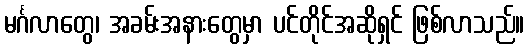
မင်္ဂလာတွေ၊ အခမ်းအနားတွေမှာ ပင်တိုင်အဆိုရှင် ဖြစ်လာသည်။